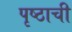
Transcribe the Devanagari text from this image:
पृष्ठाची